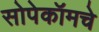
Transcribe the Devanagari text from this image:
सोपेकॉमचे